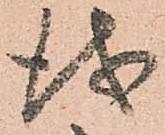
儀